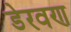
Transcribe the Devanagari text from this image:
डेरवण